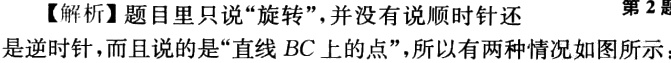
【解析】题目里只说“旋转”，并没有说顺时针还
第2题
是逆时针，而且说的是“直线 \(BC\) 上的点”，所以有两种情况如图所示；